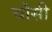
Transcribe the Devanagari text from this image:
चौसी